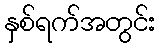
နှစ်ရက်အတွင်း